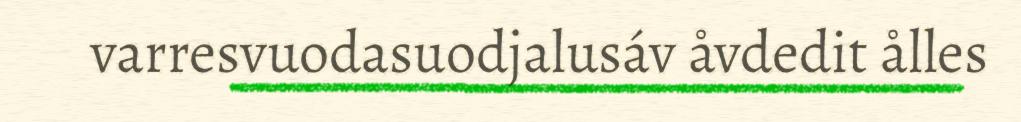
varresvuodasuodjalusáv åvdedit ålles